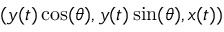
( y ( t ) \cos ( \theta ) , y ( t ) \sin ( \theta ) , x ( t ) )